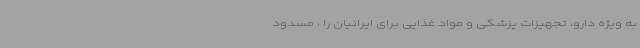
به ویژه دارو، تجهیزات پزشکی و مواد غذایی برای ایرانیان را ، مسدود